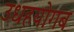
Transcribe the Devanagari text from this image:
उधहयोगब